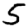
Digit: 5